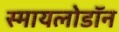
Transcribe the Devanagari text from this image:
स्मायलोडॉन